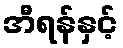
အီရန်နှင့်